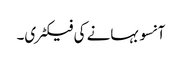
آنسو بہانے کی فیکٹری۔